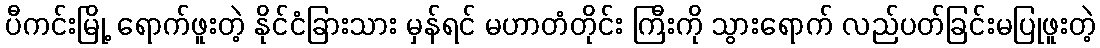
ပီကင်းမြို့ ရောက်ဖူးတဲ့ နိုင်ငံခြားသား မှန်ရင် မဟာတံတိုင်း ကြီးကို သွားရောက် လည်ပတ်ခြင်းမပြုဖူးတဲ့